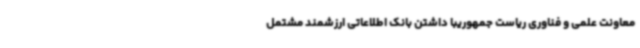
معاونت علمی و فناوری ریاست جمهوریبا داشتن بانک اطلاعاتی ارزشمند مشتمل